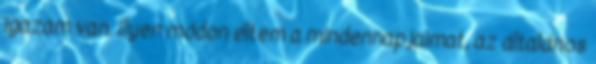
igazam van. Ilyen módon éltem a mindennapjaimat, az általános